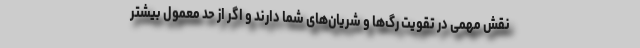
نقش مهمی در تقویت رگ‌ها و شریان‌های شما دارند و اگر از حد معمول بیشتر